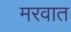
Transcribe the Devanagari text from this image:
मरवात